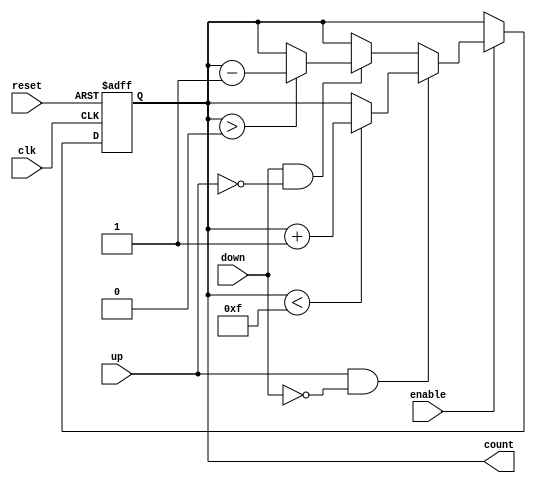
module UpDownCounter #(
    parameter WIDTH = 4,            // Width of the counter
    parameter MAX_COUNT = (1 << WIDTH) - 1 // Maximum count value (for a WIDTH-bit counter)
)(
    input wire clk,                 // Clock signal
    input wire reset,               // Asynchronous reset
    input wire enable,              // Count enable
    input wire up,                  // Count up control
    input wire down,                // Count down control
    output reg [WIDTH-1:0] count    // Current count value
);

// Asynchronous reset and counting logic
always @(posedge clk or posedge reset) begin
    if (reset) begin
        count <= 0; // Reset count to 0
    end else if (enable) begin
        if (up && !down) begin
            // Count up
            if (count < MAX_COUNT)
                count <= count + 1;
        end else if (down && !up) begin
            // Count down
            if (count > 0)
                count <= count - 1;
        end
    end
end

endmodule